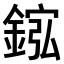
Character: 𫒮